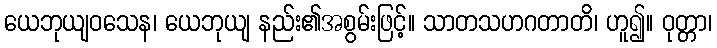
ယေဘုယျဝသေန၊ ယေဘုယျ နည်း၏အစွမ်းဖြင့်။ သာတသဟဂတာတိ၊ ဟူ၍။ ဝုတ္တာ၊